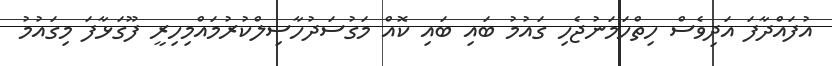
އުފައްދާފަ އަދިވެސް ހިތްހަމަނުޖެހި ގައުމު ބައި ބައި ކޮއް މަގުސަދުހާސިލްކުރުމައްމިހިރީ ފޫގަޅާފަ މިގައުމު